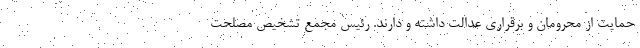
حمایت از محرومان و برقراری عدالت داشته و دارند. رئیس مجمع تشخیص مصلحت